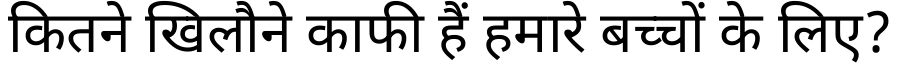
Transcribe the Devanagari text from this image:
कितने खिलौने काफी हैं हमारे बच्चों के लिए?